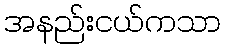
အနည်းငယ်ကသာ